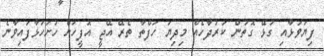
ފިޔަވަޅާއި ގުޅޭ ގޮތުން ކަރުދާހެއް މިދިޔަ ހަފްތާ ތެރޭ އޭޖީ އޮފީހަށް ހުށަހަޅާފައިވާނެ